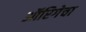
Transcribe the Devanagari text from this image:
ऑरिगेचा